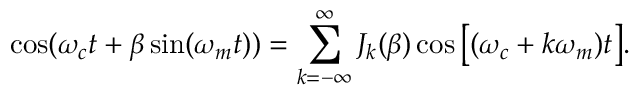
\cos ( \omega _ { c } t + \beta \sin ( \omega _ { m } t ) ) = \sum _ { k = - \infty } ^ { \infty } J _ { k } ( \beta ) \cos \big [ ( \omega _ { c } + k \omega _ { m } ) t \big ] .